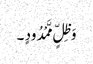
وَ ظِلٍّ مَّمْدُودٍ ۔